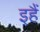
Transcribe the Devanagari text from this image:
इहैं